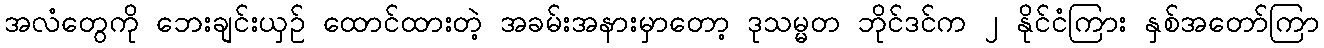
အလံတွေကို ဘေးချင်းယှဉ် ထောင်ထားတဲ့ အခမ်းအနားမှာတော့ ဒုသမ္မတ ဘိုင်ဒင်က ၂ နိုင်ငံကြား နှစ်အတော်ကြာ